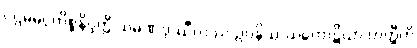
ပဌမမဂ္ဂကိစ္စနိပ္ဖတ္တိ သမဏဒုဿီလဿ ဥပနိဿယကောဋိယာ ဟတ္ထီတိ